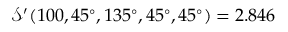
\mathcal { S } ^ { \prime } ( 1 0 0 , 4 5 ^ { \circ } , 1 3 5 ^ { \circ } , 4 5 ^ { \circ } , 4 5 ^ { \circ } ) = 2 . 8 4 6